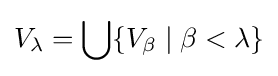
V_{\lambda }=\bigcup \{V_{\beta }\mid \beta <\lambda \}